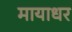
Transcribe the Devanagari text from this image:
मायाधर